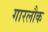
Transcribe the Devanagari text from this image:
गारलौक